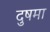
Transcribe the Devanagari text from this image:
दुषमा